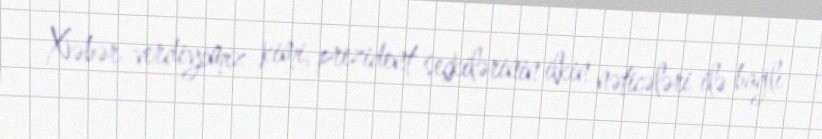
Xəbər verdiyimiz kimi, prezident seçkilərinin ilkin nəticələri ilə bağlı